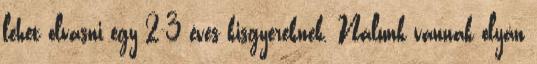
lehet olvasni egy 2-3 éves kisgyereknek. Nálunk vannak olyan